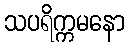
သပရိက္ကမနော